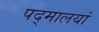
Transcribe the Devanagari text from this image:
पद्मालयां